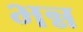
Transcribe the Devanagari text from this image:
भन्न